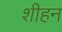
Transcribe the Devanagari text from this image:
शीहन